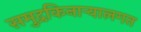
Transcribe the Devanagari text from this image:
समुद्रकिनाऱ्यालगत